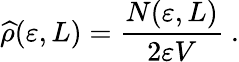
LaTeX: \widehat\rho(\varepsilon,L)=\displaystyle\frac{N(\varepsilon,L)}{2\varepsilon V}~.